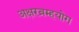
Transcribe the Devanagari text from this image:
अक्षरब्रम्हयोग